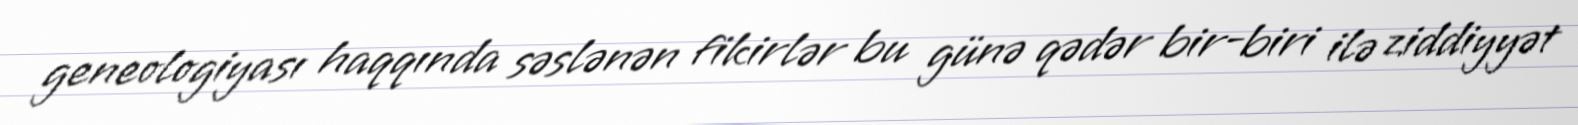
geneologiyası haqqında səslənən fikirlər bu günə qədər bir-biri ilə ziddiyyət